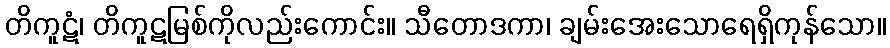
တိကူဋံ၊ တိကူဋမြစ်ကိုလည်းကောင်း။ သီတောဒကာ၊ ချမ်းအေးသောရေရှိကုန်သော။